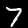
Digit: 7